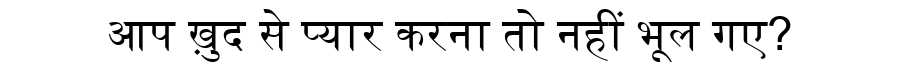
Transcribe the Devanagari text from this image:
आप ख़ुद से प्यार करना तो नहीं भूल गए?